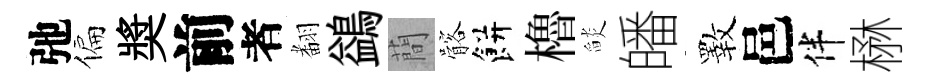
弛偏奬前者𮋒鷁蕳髂餅櫓𦦨皤斁邑伴楙